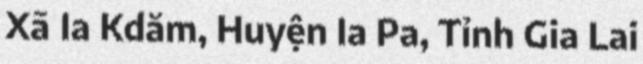
Xã Ia Kdăm, Huyện Ia Pa, Tỉnh Gia Lai